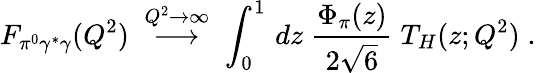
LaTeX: F_{\pi^{0}\gamma^{*}\gamma}(Q^{2})\; \stackrel{Q^{2}\rightarrow\infty}{\longrightarrow}\; \int_{0}^{1}\, dz\; {\frac{\Phi_{\pi}(z)}{2\sqrt{6}}}\; T_{H}(z;Q^{2})\; .